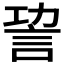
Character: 𧦪